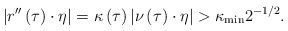
\begin{align*}\left\vert r^{\prime \prime}\left( \tau \right) \cdot \eta \right\vert =\kappa \left( \tau \right) \left\vert \nu\left( \tau \right) \cdot \eta \right\vert >\kappa_{\mathrm{min}} 2^{-1/2}.\end{align*}